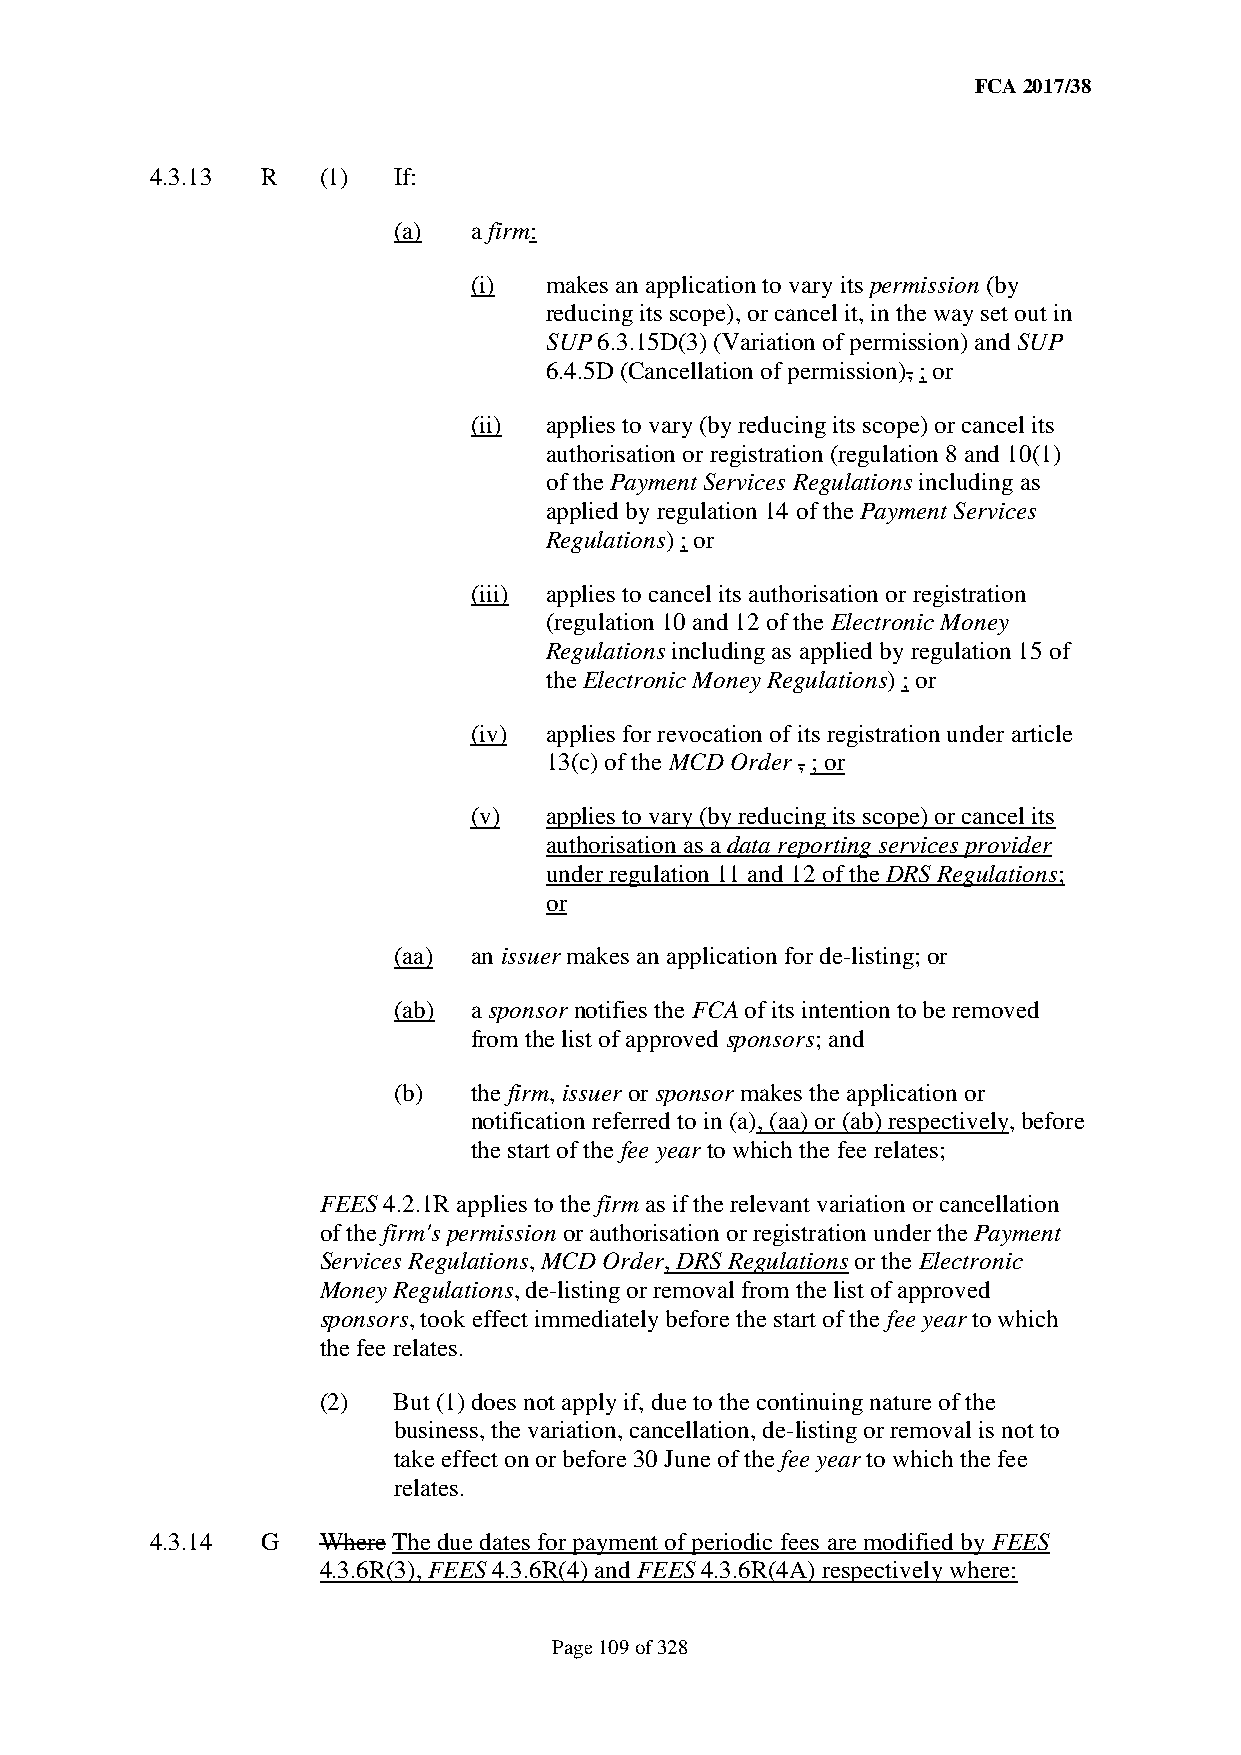
FCA 2017/38
 4.3.13 R   (1)  If:
 (a)  a firm:
 (i)  makes an application to vary its permission (by
 reducing its scope), or cancel it, in the way set out in
 SUP 6.3.15D(3) (Variation of permission) and SUP
 6.4.5D (Cancellation of permission), ; or
 (ii) applies to vary (by reducing its scope) or cancel its
 authorisation or registration (regulation 8 and 10(1)
 of the Payment Services Regulations including as
 applied by regulation 14 of the Payment Services
 Regulations) ; or
 (iii) applies to cancel its authorisation or registration
 (regulation 10 and 12 of the Electronic Money
 Regulations including as applied by regulation 15 of
 the Electronic Money Regulations) ; or
 (iv) applies for revocation of its registration under article
 13(c) of the MCD Order , ; or
 (v)  applies to vary (by reducing its scope) or cancel its
 authorisation as a data reporting services provider
 under regulation 11 and 12 of the DRS Regulations;
 or
 (aa) an issuer makes an application for de-listing; or
 (ab) a sponsor notifies the FCA of its intention to be removed
 from the list of approved sponsors; and
 (b)  the firm, issuer or sponsor makes the application or
 notification referred to in (a), (aa) or (ab) respectively, before
 the start of the fee year to which the fee relates;
 FEES 4.2.1R applies to the firm as if the relevant variation or cancellation
 of the firm's permission or authorisation or registration under the Payment
 Services Regulations, MCD Order, DRS Regulations or the Electronic
 Money Regulations, de-listing or removal from the list of approved
 sponsors, took effect immediately before the start of the fee year to which
 the fee relates.
 (2)  But (1) does not apply if, due to the continuing nature of the
 business, the variation, cancellation, de-listing or removal is not to
 take effect on or before 30 June of the fee year to which the fee
 relates.
 4.3.14 G   Where The due dates for payment of periodic fees are modified by FEES
 4.3.6R(3), FEES 4.3.6R(4) and FEES 4.3.6R(4A) respectively where:
 Page 109 of 328